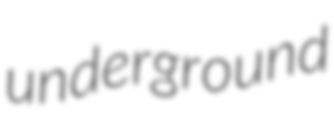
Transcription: underground